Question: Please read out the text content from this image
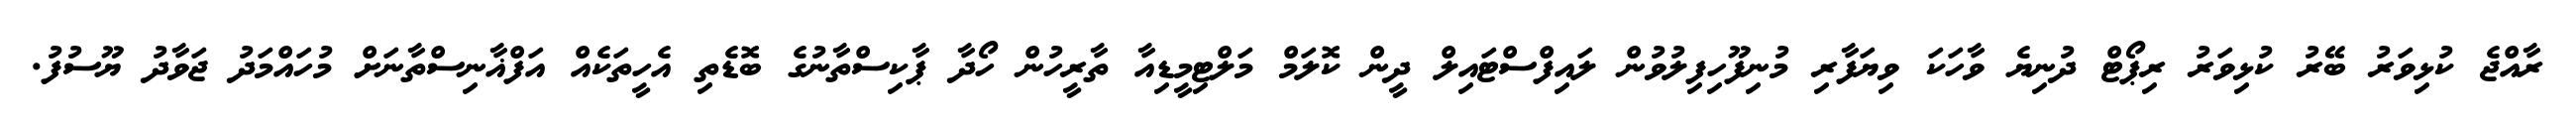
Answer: ރާއްޖެ ކުޅިވަރު ބޭރު ކުޅިވަރު ރިޕޯޓް ދުނިޔެ ވާހަކަ ވިޔަފާރި މުނިފޫހިފިލުވުން ލައިފްސްޓައިލް ދީން ކޮލަމް މަލްޓިމީޑިއާ ތާރީހުން ހޯދާ ޕާކިސްތާނުގެ ބޮޑެތި އެހީތަކެއް އަފްޣާނިސްތާނަށް މުހައްމަދު ޖަވާދު ޔޫސުފު.